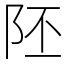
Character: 𨸹